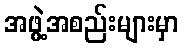
အဖွဲ့အစည်းများမှာ